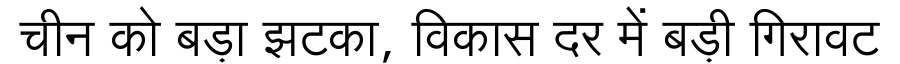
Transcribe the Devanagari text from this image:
चीन को बड़ा झटका, विकास दर में बड़ी गिरावट